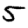
Digit: 5